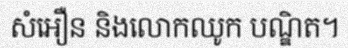
សំអឿន និងលោកឈូក បណ្ឌិត។